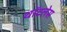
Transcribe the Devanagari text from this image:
थॉटलेस